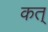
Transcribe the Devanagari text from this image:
कत्